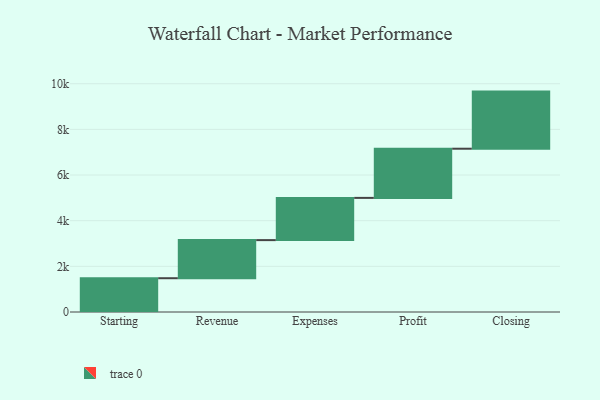
{"axis": {"x": "Step", "y": "Value"}, "legend": [""], "data": [{"x": "Starting", "y": 1480.0, "type": ""}, {"x": "Revenue", "y": 1669.0, "type": ""}, {"x": "Expenses", "y": 1850.0, "type": ""}, {"x": "Profit", "y": 2154.0, "type": ""}, {"x": "Closing", "y": 2502.0, "type": ""}]}